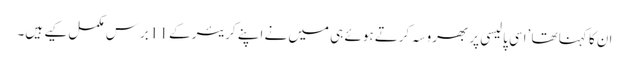
ان کا کہنا تھا ’اسی پالیسی پر بھروسہ کرتے ہوئے ہی میں نے اپنے کریئر کے 11 برس مکمل کیے ہیں۔